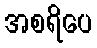
အစရိပေ